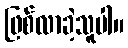
ဖြစ်လာခဲ့သူပါ။